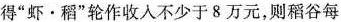
得”虾·稻”轮作收入不少于8万元，则稻谷每